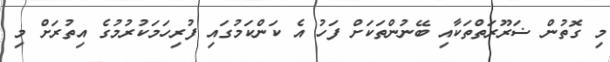
މި ގޮތުން ޟަރޫރަތްތަކާއި ބޭނުންތަކަށް ފަހު އެ ކަންކަމުގައި ފުރިހަމަކުރުމުގެ އިތުރަށް މި